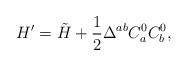
\begin{align*}H^{\prime }=\tilde H+\frac 12\Delta ^{ab}C_a^0C_b^0,\end{align*}